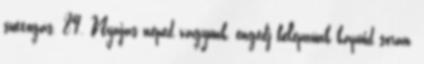
suttogás. 89. Nyájas néped vagyunk, engedj belépnünk kapuid során,